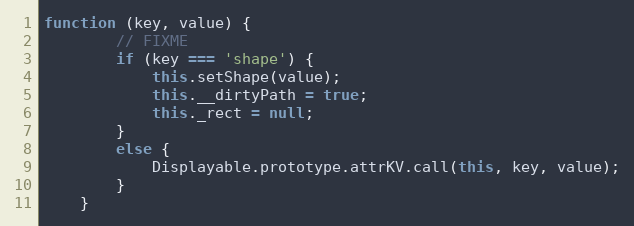
Language: JavaScript
function (key, value) {
        // FIXME
        if (key === 'shape') {
            this.setShape(value);
            this.__dirtyPath = true;
            this._rect = null;
        }
        else {
            Displayable.prototype.attrKV.call(this, key, value);
        }
    }